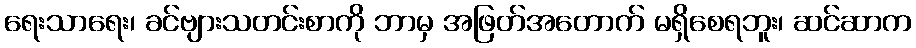
ရေးသာရေး၊ ခင်ဗျားသတင်းစာကို ဘာမှ အဖြတ်အတောက် မရှိစေရဘူး၊ ဆင်ဆာက